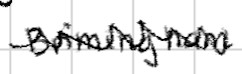
Text: Birmingham.
Cross-out: zig-zag
Writing tool: digital_black